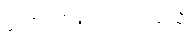
တောင်တရုတ်ပင်လယ်သို့